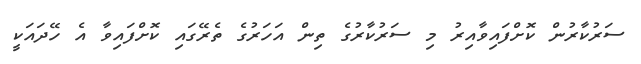
ސަރުކާރުން ކޮށްފައިވާއިރު މި ސަރުކާރުގެ ތިން އަހަރުގެ ތެރޭގައި ކޮށްފައިވާ އެ ހޭދައަކީ